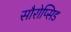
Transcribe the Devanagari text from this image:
सौरोप्सिड